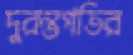
দুরন্তগতির